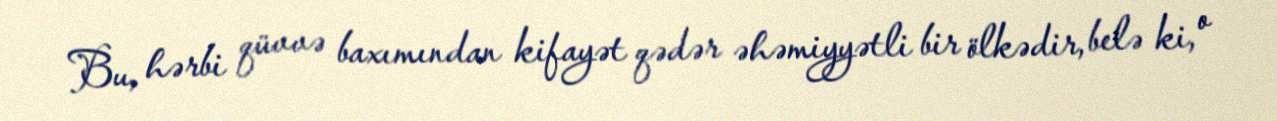
Bu, hərbi qüvvə baxımından kifayət qədər əhəmiyyətli bir ölkədir, belə ki, o